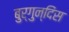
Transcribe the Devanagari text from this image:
बुर्गुन्दिंस